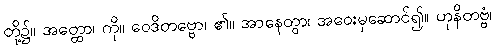
တို့၌။ အတ္ထော၊ ကို။ ဝေဒိတဗ္ဗော၊ ၏။ အာနေတွာ၊ အဝေးမှဆောင်၍။ ဟုနိတဗ္ဗံ၊